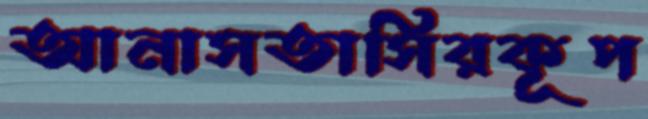
আনাসতাসিরকূপ